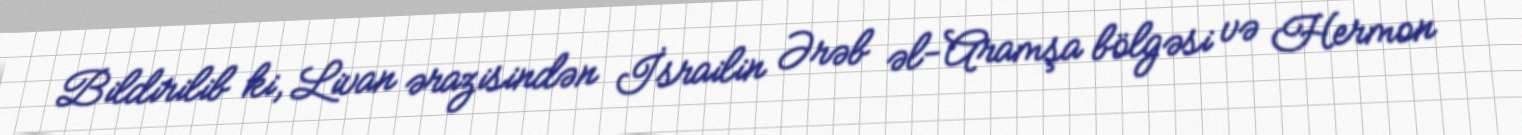
Bildirilib ki, Livan ərazisindən İsrailin Ərəb əl-Aramşa bölgəsi və Hermon